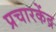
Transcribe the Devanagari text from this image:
प्रचारकेंद्र